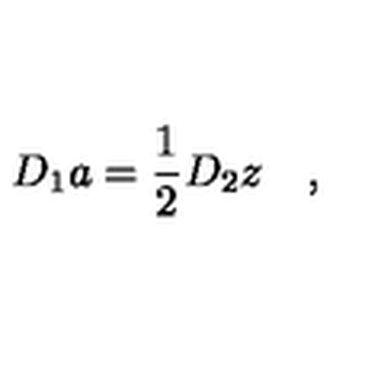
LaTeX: D _ { 1 } a = \frac 1 2 D _ { 2 } z \quad ,